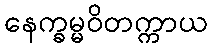
နေက္ခမ္မဝိတက္ကာယ